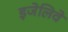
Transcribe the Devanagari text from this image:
ड़जेलिवे